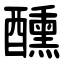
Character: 醺